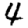
Digit: 4